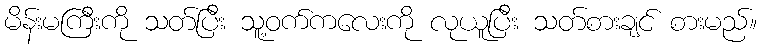
မိန်းမကြီးကို သတ်ပြီး သူ့ဝက်ကလေးကို လုယူပြီး သတ်စားချင် စားမည်။